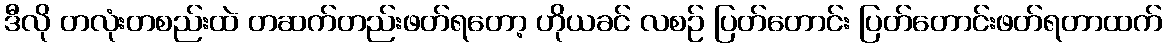
ဒီလို တလုံးတစည်းထဲ တဆက်တည်းဖတ်ရတော့ ဟိုယခင် လစဉ် ပြတ်တောင်း ပြတ်တောင်းဖတ်ရတာထက်